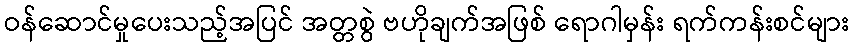
ဝန်ဆောင်မှုပေးသည့်အပြင် အတ္တစွဲ ဗဟိုချက်အဖြစ် ရောဂါမှန်း ရက်ကန်းစင်များ